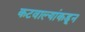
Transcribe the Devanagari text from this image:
कटवाल्यांकडून